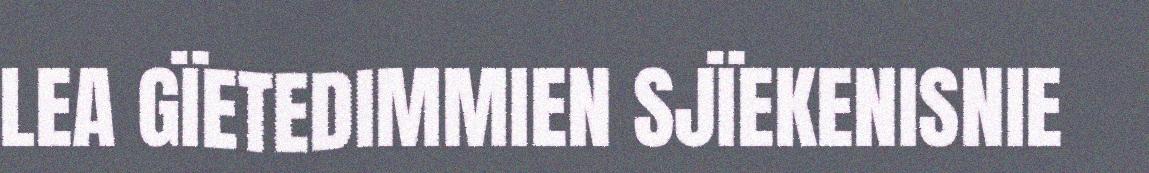
LEA GÏETEDIMMIEN SJÏEKENISNIE